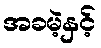
အခမဲ့နှင့်